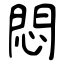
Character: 悶